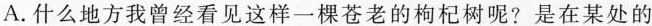
A.什么地方我曾经看见这样一棵苍老的枸杞树呢?是在某处的